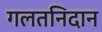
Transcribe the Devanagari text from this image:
गलतनिदान